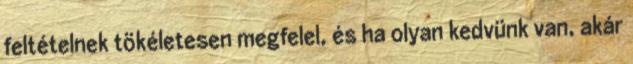
feltételnek tökéletesen megfelel, és ha olyan kedvünk van, akár